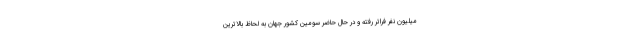
میلیون نفر فراتر رفته و در حال حاضر سومین کشور جهان به لحاظ بالاترین